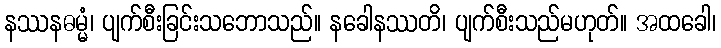
နဿနဓမ္မံ၊ ပျက်စီးခြင်းသဘောသည်။ နခေါနဿတိ၊ ပျက်စီးသည်မဟုတ်။ အထခေါ၊